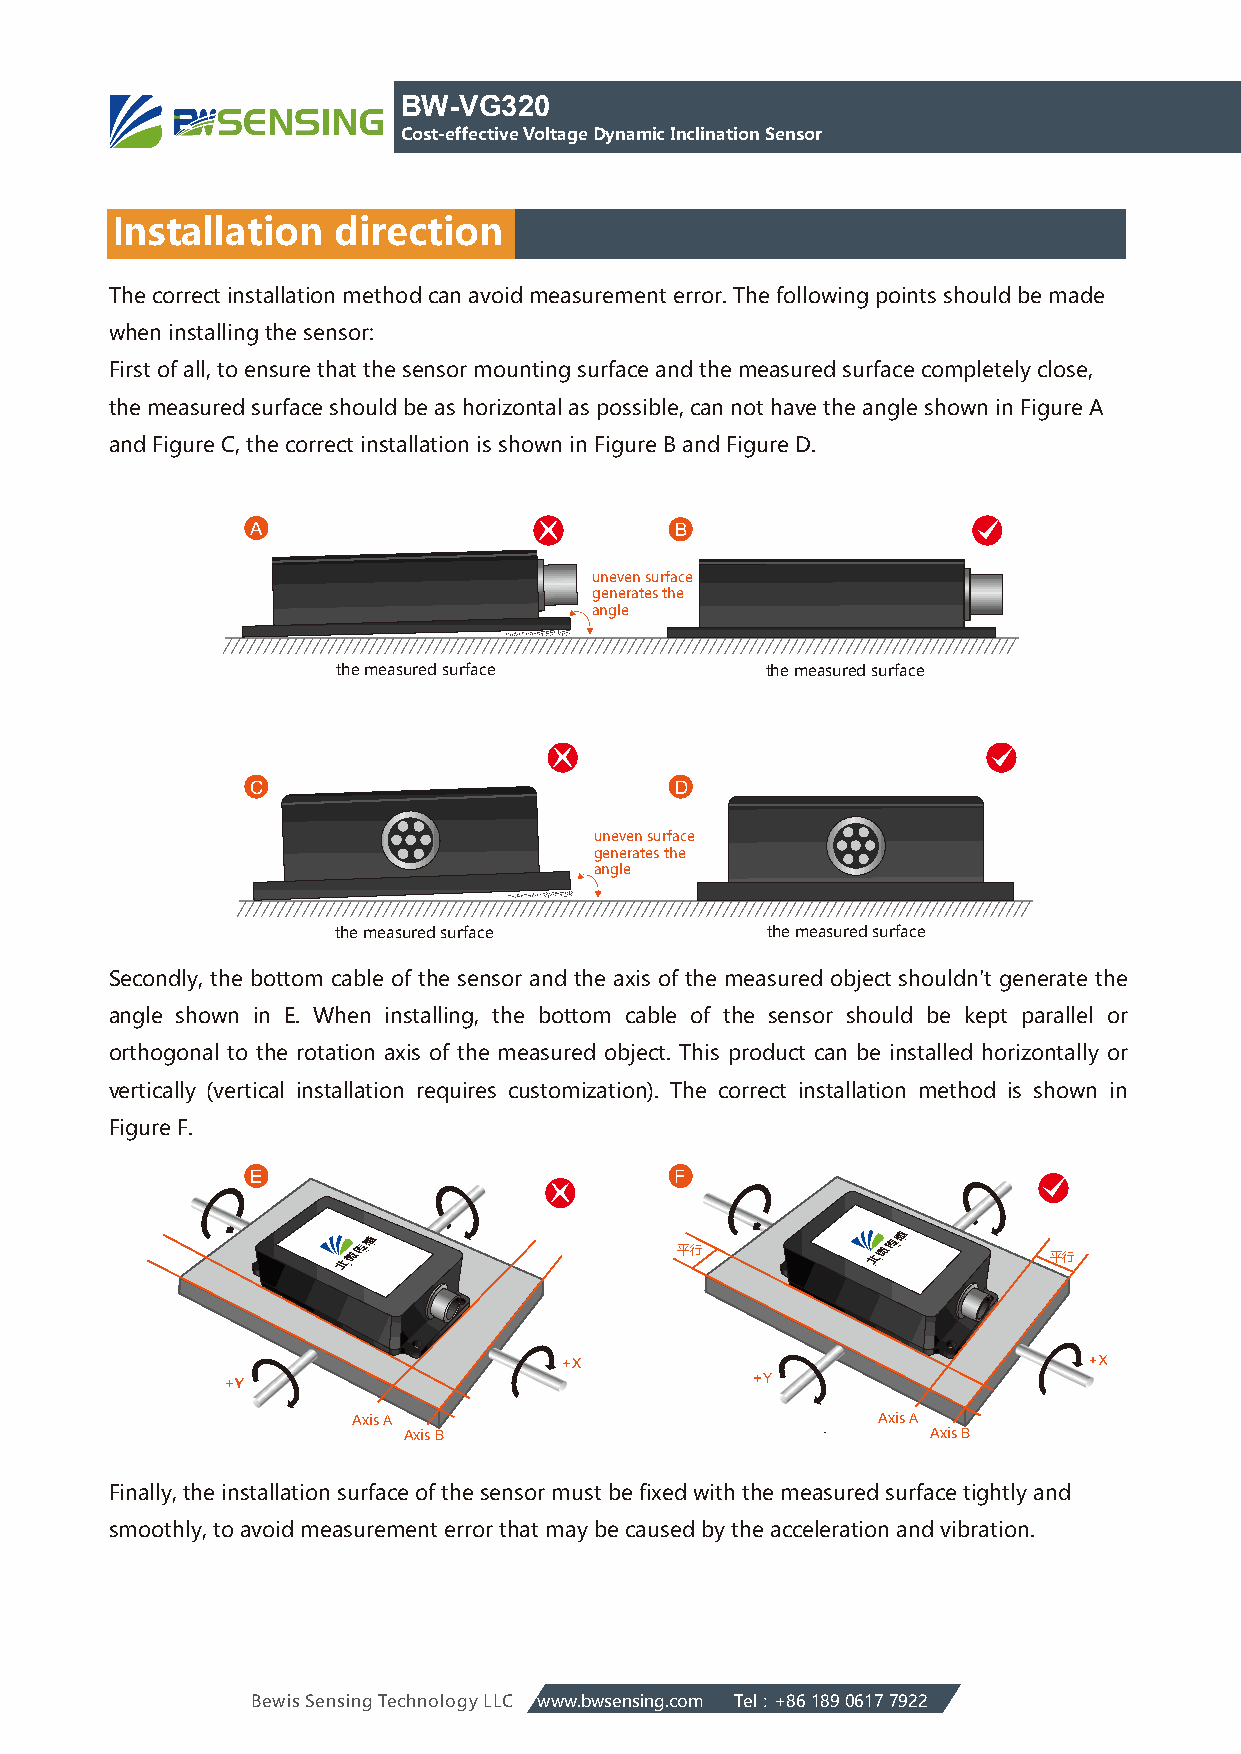
BW-VG320
 Cost-effective Voltage Dynamic Inclination Sensor
 Installation   direction
 The correct installation method can avoid measurement error. The following points should be made
 when installing the sensor:
 First of all, to ensure that the sensor mounting surface and the measured surface completely close,
 the measured surface should be as horizontal as possible, can not have the angle shown in Figure A
 and Figure C, the correct installation is shown in Figure B and Figure D.
 A                           B
 uneven surface
 generates the
 angle
 the measured surface         the measured surface
 C                           D
 uneven surface
 generates the
 angle
 the measured surface         the measured surface
 Secondly, the bottom cable of the sensor and the axis of the measured object shouldn't generate the
 angle shown in E. When installing, the bottom cable of the sensor should be kept parallel or
 orthogonal to the rotation axis of the measured object. This product can be installed horizontally or
 vertically (vertical installation requires customization). The correct installation method is shown in
 Figure F.
 E                           F
 平行
 平行
 Axis A                             Axis A
 Axis B                             Axis B
 Finally, the installation surface of the sensor must be fixed with the measured surface tightly and
 smoothly, to avoid measurement error that may be caused by the acceleration and vibration.
 Bewis Sensing Technology LLC www.bwsensing.com Tel：+86 189 0617 7922